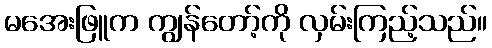
မအေးဖြူက ကျွန်တော့်ကို လှမ်းကြည့်သည်။